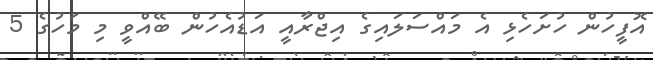
އޮފީހުން ހުށަހެޅި އެ މައްސަލައިގެ އިޖްރާއީ އަޑުއެހުން ބޭއްވީ މި މަހުގެ 5